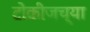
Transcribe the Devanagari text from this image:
टोकीजच्या